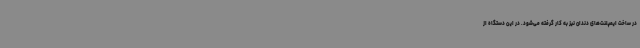
در ساخت ایمپلنت‌های دندان نیز به کار گرفته می‌شود. در این دستگاه از